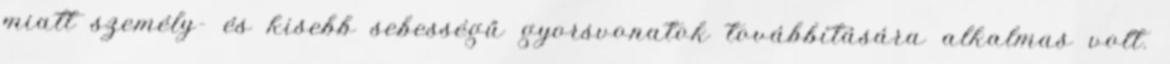
miatt személy- és kisebb sebességű gyorsvonatok továbbítására alkalmas volt.